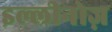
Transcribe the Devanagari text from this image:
इल्लीनोज़